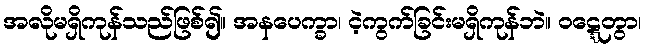
အလိုမရှိကုန်သည်ဖြစ်၍။ အနပေက္ခာ၊ ငဲ့ကွက်ခြင်းမရှိကုန်ဘဲ။ ဝဋ္ဋေတွာ၊